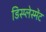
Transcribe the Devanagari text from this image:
डिस्प्लेस्मेंट